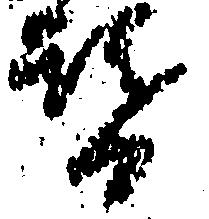
替